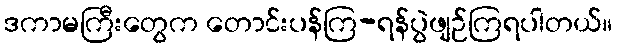
ဒကာမကြီးတွေက တောင်းပန်ကြ-ရန်ပွဲဖျဉ်ကြရပါတယ်။